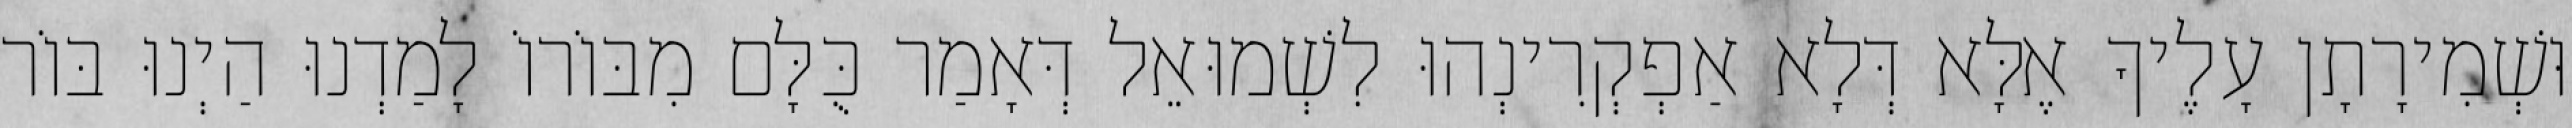
וּשְׁמִירָתָן עָלֶיךָ אֶלָּא דְּלָא אַפְקְרִינְהוּ לִשְׁמוּאֵל דְּאָמַר כֻּלָּם מִבּוֹרוֹ לָמַדְנוּ הַיְנוּ בּוֹר